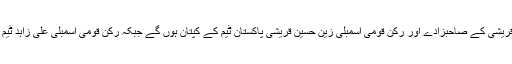
وزیر خارجہ شاہ محمود قریشی کے صاحبزادے اور رکن قومی اسمبلی زین حسین قریشی پاکستان ٹیم کے کپتان ہوں گے جبکہ رکن قومی اسمبلی علی زاہد ٹیم کے نائب کپتان ہوں گے۔